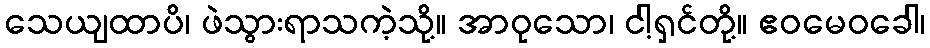
သေယျထာပိ၊ ဖဲသွားရာသကဲ့သို့။ အာဝုသော၊ ငါ့ရှင်တို့။ ဧဝမေဝခေါ၊